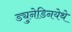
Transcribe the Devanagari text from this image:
ड्युनेडिनयेथे